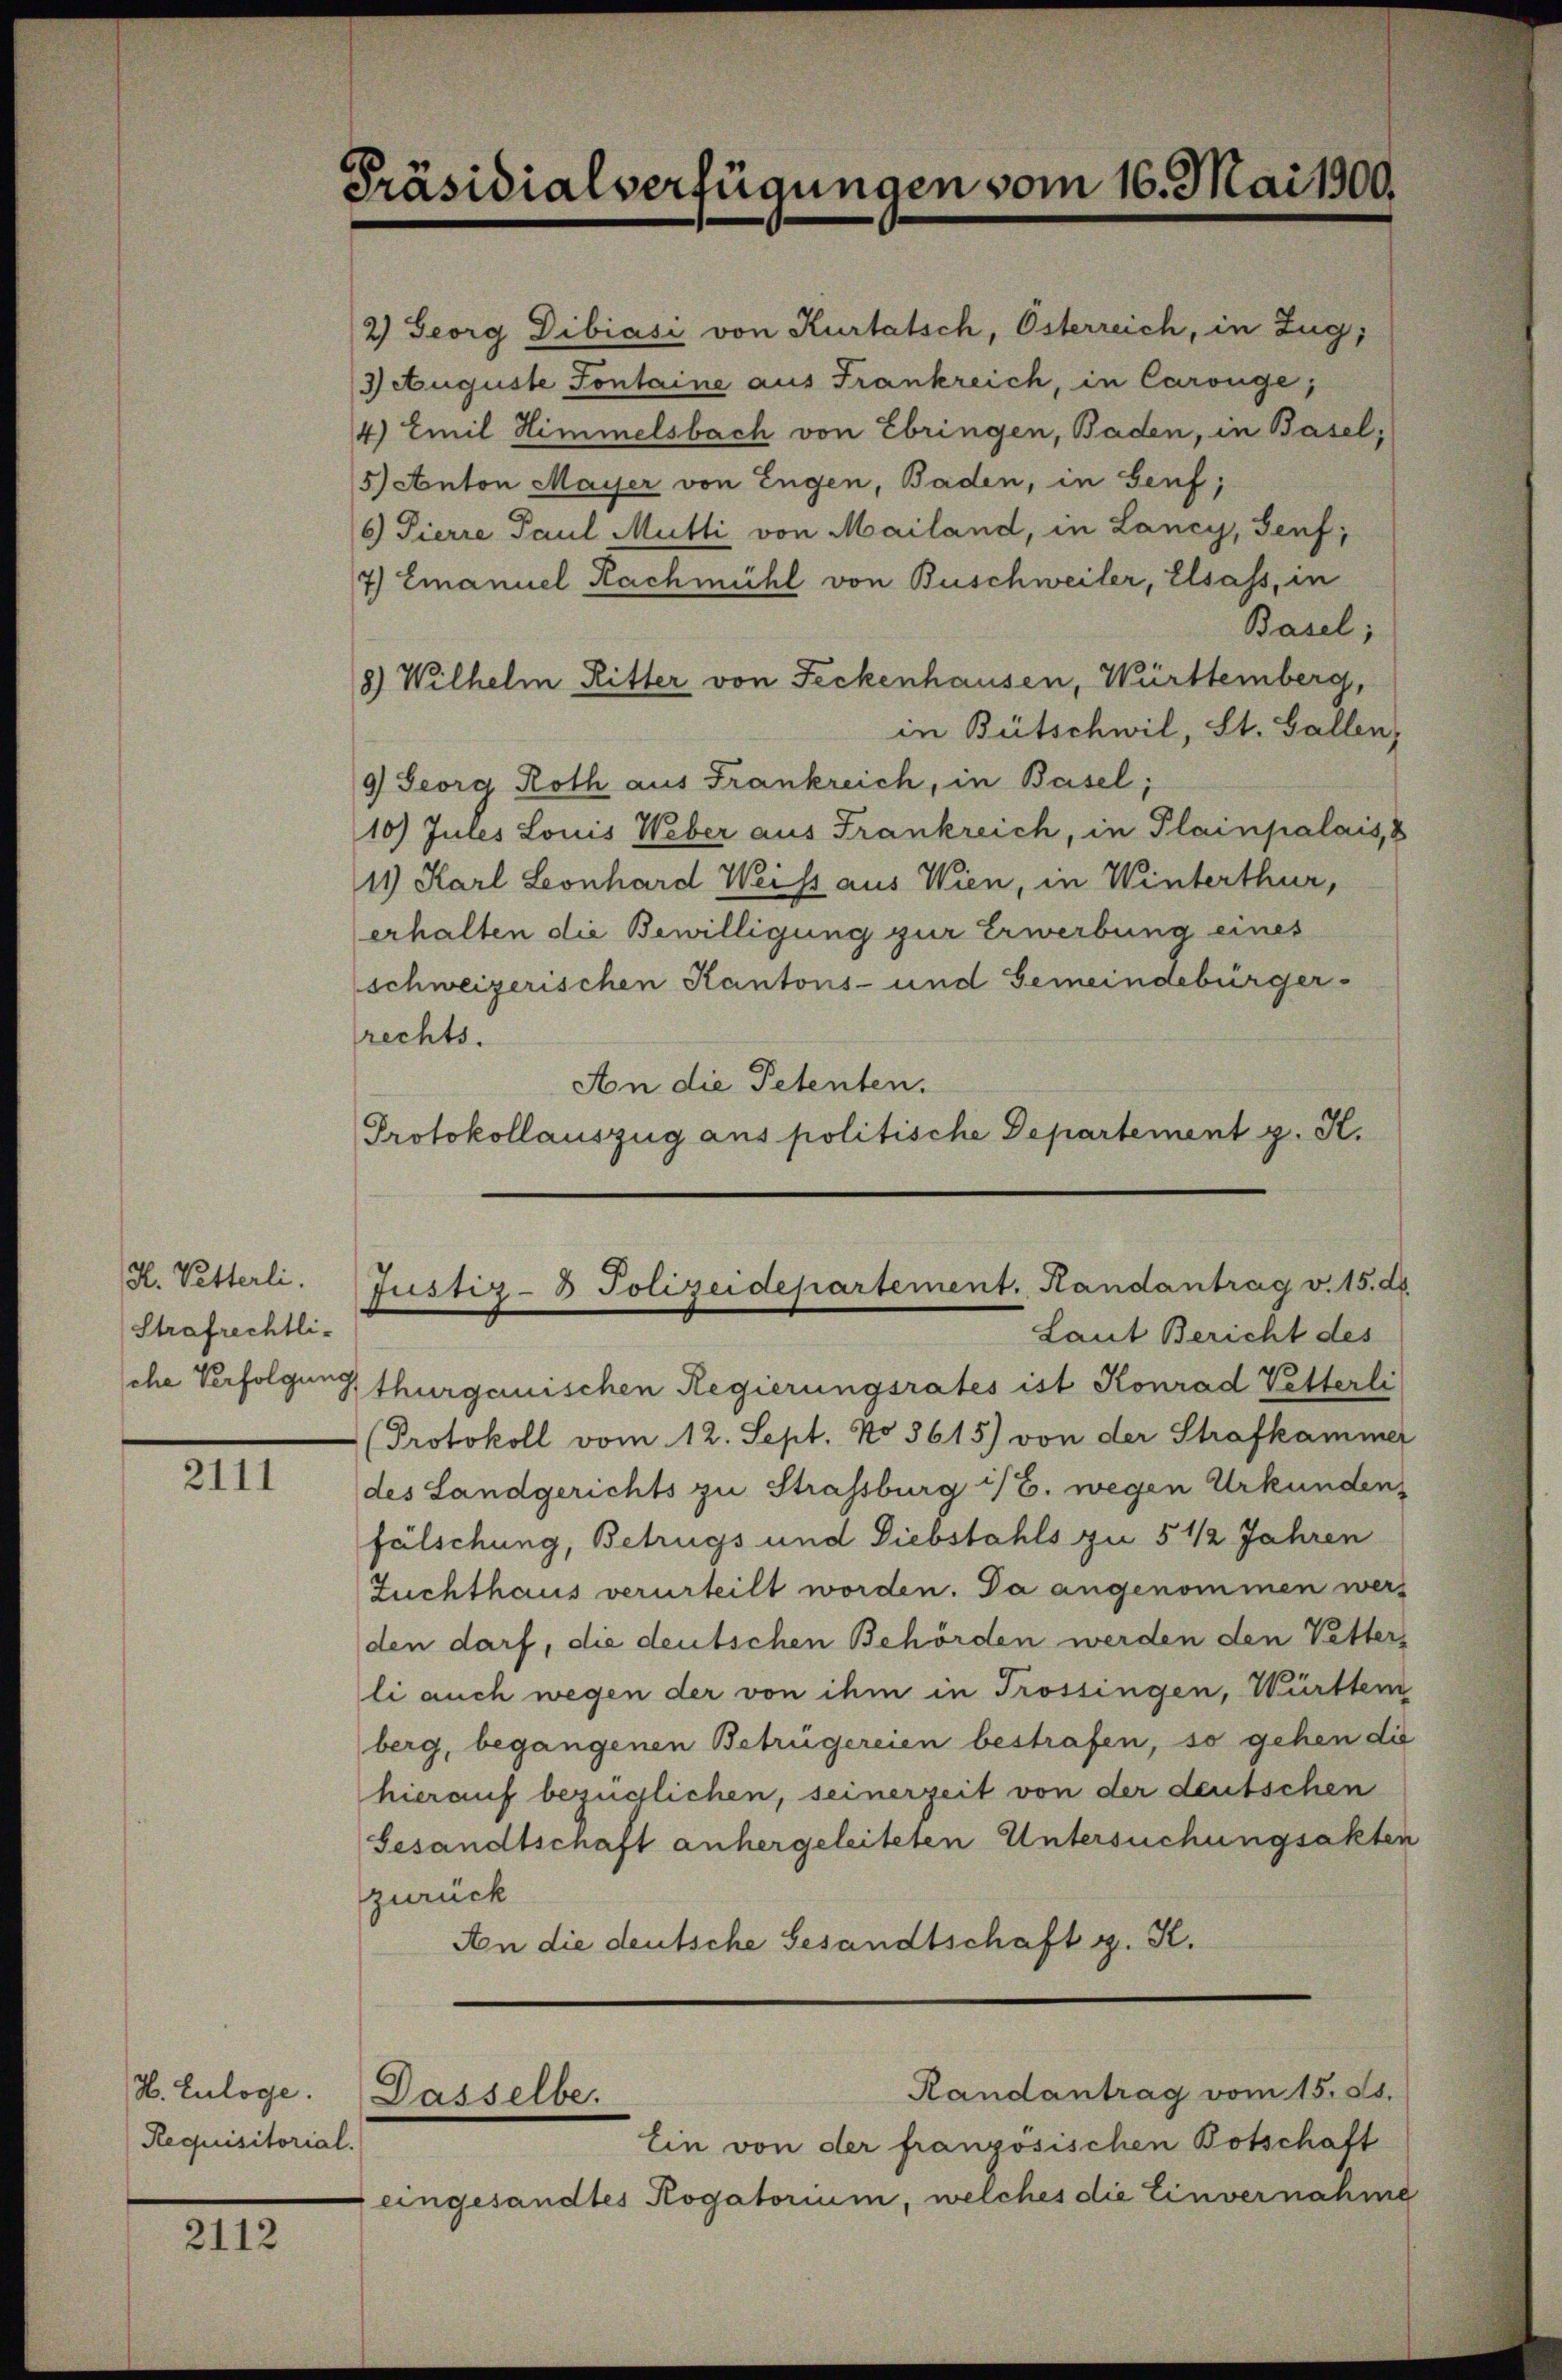
H. Vetterli.
Strafrechtliche Verfolgung

2111

H. Zulage.
Requisitorial.

2112

Präsidialverfügungen vom 16. Mai 1900.

2) Georg Dibiasi von Kurtatsch, Osterreich, in Zug,
3 Auguste Sontaine aus Frankreich, in Carouge,
4) Emil Himmelsbach von Ebringen, Baden, in Basel;
5) Anton Mayser von Engen, Baden, in Genf,
6) Pierre Paul Mutti von Mailand, in Lancy, Genf;
7) Emanuel Rachmühl von Buschweiler, Elsass, in
Basel;
8) Wilhelm Ritter von Feckenhausen, Württemberg,
in Bütschwil, St. Gallen,
9 Georg Roth aus Frankreich, in Basel;
10) Jules Louis Weber aus Frankreich, in Plainpalais, 8
11) Karl Leonhard Weiss aus Wien, in Winterthur,
erhalten die Bewilligung zur Erwerbung eines
schweizerischen Kantons- und Gemeindebürger-
rechts.
An die Petenten.
Protokollauszug aus politische Departement g. K.

Justiz- & Polizeidepartement. Handantrag v. 15. d.
Laut Bericht des

thurgauischen Regierungsrates ist Konrad Vetterli
Protokoll vom 12. Sept. No 5615) von der Strafkammer
des Landgerichts zu Strassburg i/B. wegen Urkunden,
fälschung, Betrugs und Diebstahls zu 5 1/2 Jahren
Zuchthaus verurteilt worden. Da angenommen werd
den darf, die deutschen Behörden werden den Vetters
li auch wegen der von ihm in Trossingen, Württem
berg, begangenen Betrügereien bestrafen, so gehen die
hierauf bezüglichen, seinerzeit von der deutschen
Gesandtschaft anhergeleiteten Untersuchungsakten
zurück
An die deutsche Gesandtschaft g. K.
Randantrag vom 15. ds.
Dasselbe.
Ein von der französischen Botschaft
eingesandtes Rogatorium, welches die Einvernahme